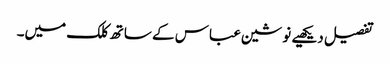
تفصیل دیکھیے نوشین عباس کے ساتھ کلک میں۔